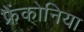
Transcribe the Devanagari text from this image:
फ्रैंकोनिया